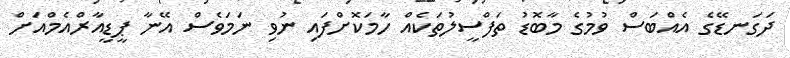
ދަގަނޑޭގެ އެއްބަސް ވުމުގެ މާބޮޑު ތަފްސީލުތަކެއް ހާމަކޮށްފައި ނުވި ނަމަވެސް އޭނާ ޕީޑީއާރްއެމްއަށް